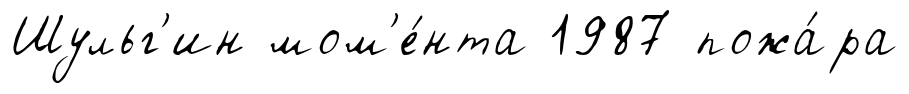
Шульг'ин мом'е́нта 1987 пожа́ра